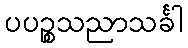
ပပဉ္စသညာသင်္ခါ